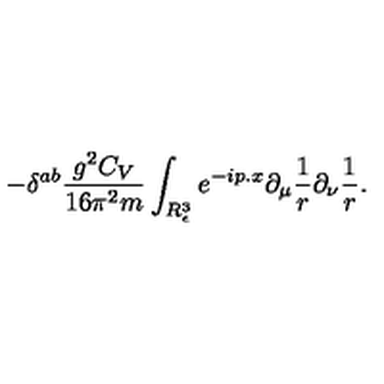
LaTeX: \displaystyle - { \delta } ^ { a b } \frac { g ^ { 2 } C _ { V } } { 1 6 \pi ^ { 2 } m } \int _ { R _ { \epsilon } ^ { 3 } } e ^ { - i p . x } \partial _ { \mu } \frac 1 r \partial _ { \nu } \frac 1 r .